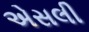
એસલી